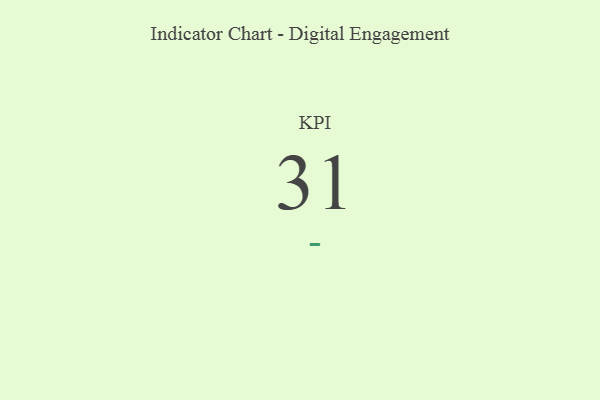
{"axis": {"x": "KPI", "y": "Value"}, "legend": [""], "data": [{"x": "KPI", "y": 31, "type": ""}]}